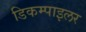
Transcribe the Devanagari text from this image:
डिकम्पाइलर